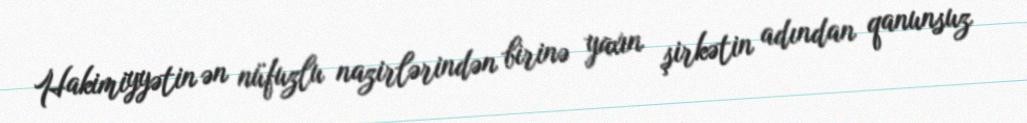
Hakimiyyətin ən nüfuzlu nazirlərindən birinə yaxın şirkətin adından qanunsuz